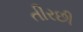
તીરછી